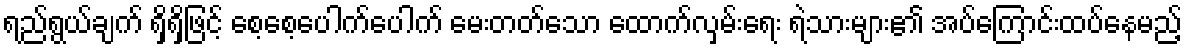
ရည်ရွယ်ချက် ရှိရှိဖြင့် စေ့စေ့ပေါက်ပေါက် မေးတတ်သော ထောက်လှမ်းရေး ရဲသားများ၏ အပ်ကြောင်းထပ်နေမည့်